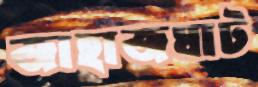
জাহাজঘাট